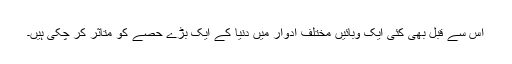
اس سے قبل بھی کئی ایک وبائیں مختلف ادوار میں دنیا کے ایک بڑے حصے کو متاثر کر چکی ہیں۔